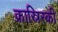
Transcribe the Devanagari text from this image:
क्रास्निस्की